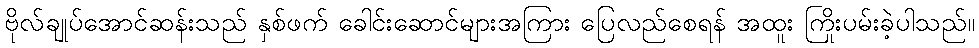
ဗိုလ်ချုပ်အောင်ဆန်းသည် နှစ်ဖက် ခေါင်းဆောင်များအကြား ပြေလည်စေရန် အထူး ကြိုးပမ်းခဲ့ပါသည်။